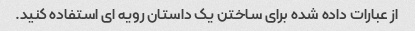
از عبارات داده شده برای ساختن یک داستان رویه ای استفاده کنید.